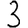
Digit: 3